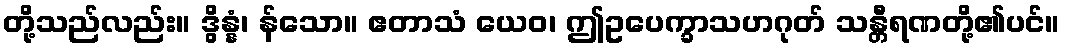
တို့သည်လည်း။ ဒွိန္နံ၊ န်သော။ ဧတာသံ ယေဝ၊ ဤဥပေက္ခာသဟဂုတ် သန္တီရဏတို့၏ပင်။